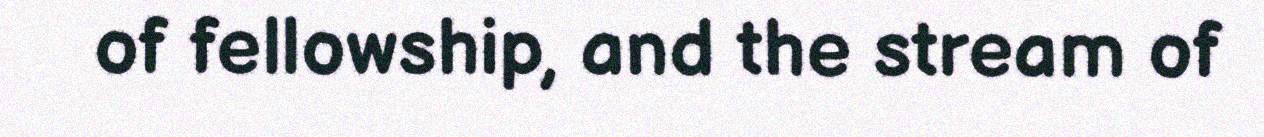
of fellowship, and the stream of